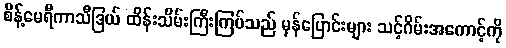
စိန့်မေရီကာသီဒြယ် ထိန်းသိမ်းကြီးကြပ်သည် မှန်ပြောင်းများ သင့်ဂိမ်းအကောင့်ကို